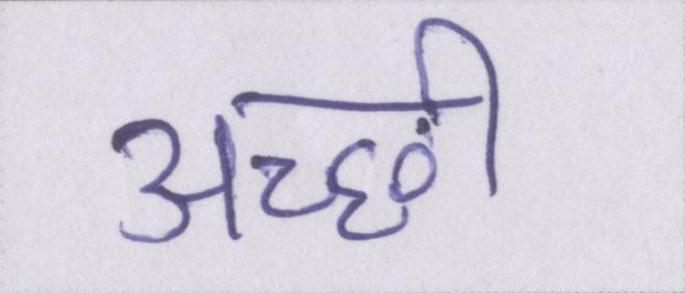
अच्छी